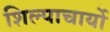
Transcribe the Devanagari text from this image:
शिल्पाचार्यो